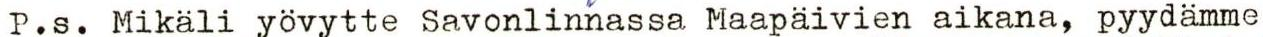
P.s. Mikäli yövytte Savonlinnassa Maapäivien aikana, pyydämme